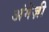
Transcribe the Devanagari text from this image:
अंगेज़ी